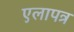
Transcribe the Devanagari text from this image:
एलापत्र